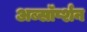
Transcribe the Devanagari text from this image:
अब्सॉर्प्शन